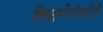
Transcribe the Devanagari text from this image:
निसर्गसंपदेने